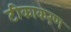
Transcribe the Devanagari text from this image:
टीकाकऱण